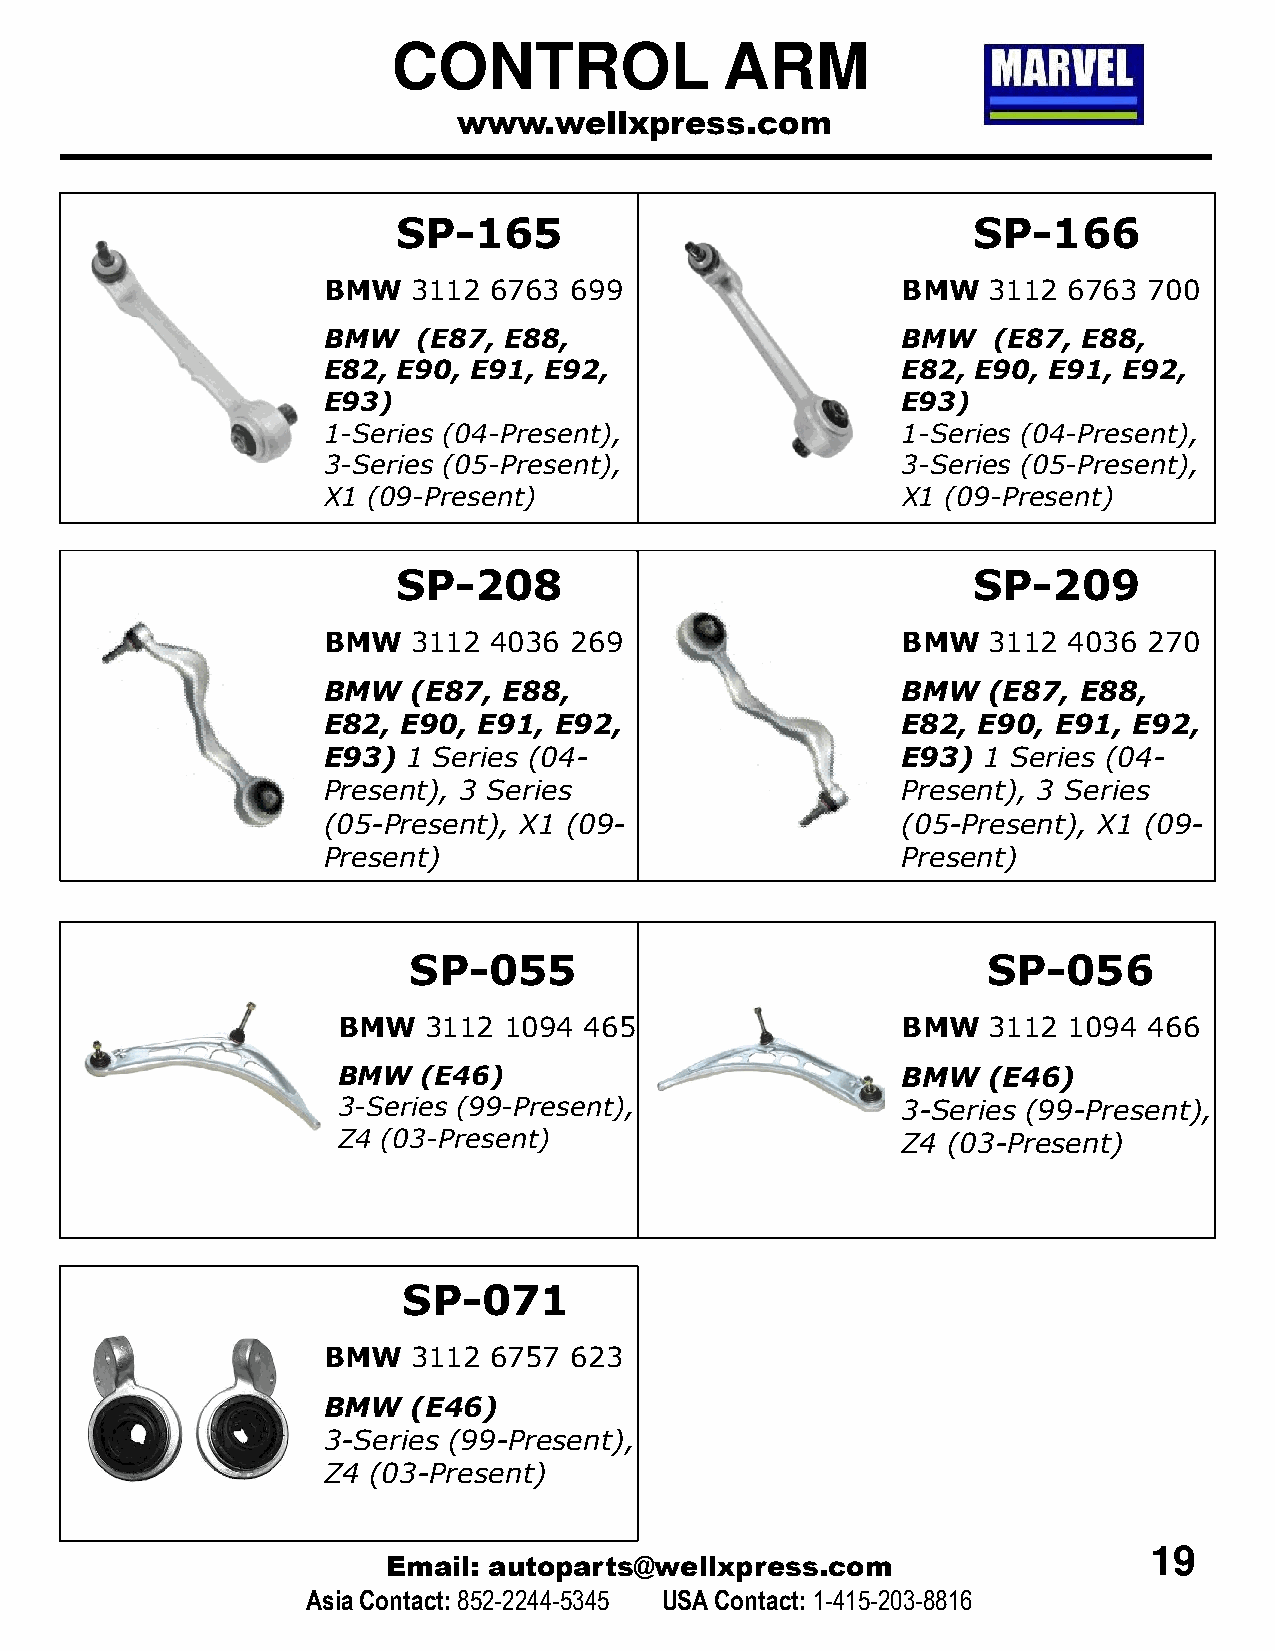
CONTROL               ARM
 www.wellxpress.com
 SP-165                                SP-166
 BMW   3112 6763  699                   BMW  3112  6763 700
 BMW    (E87, E88,                      BMW   (E87, E88,
 E82, E90, E91, E92,                    E82, E90, E91, E92,
 E93)                                   E93)
 1-Series (04-Present),                 1-Series (04-Present),
 3-Series (05-Present),                 3-Series (05-Present),
 X1 (09-Present)                        X1 (09-Present)
 SP-208                                SP-209
 BMW   3112 4036  269                   BMW  3112  4036 270
 BMW   (E87, E88,                       BMW  (E87,  E88,
 E82,  E90, E91, E92,                   E82, E90, E91, E92,
 E93)  1 Series (04-                    E93) 1 Series (04-
 Present), 3 Series                     Present), 3 Series
 ((0055--PPrreesseenntt)),, XX11 ((0099-- ((0055--PPrreesseenntt)),, XX11 ((0099--
 Present)                               Present)
 SP-055                                SP-056
 BMW   3112 1094  465                  BMW  3112  1094 466
 BMW   (E46)                           BMW  (E46)
 3-Series (99-Present),                3-Series (99-Present),
 Z4 (03-Present)                       Z4 (03-Present)
 SP-071
 BMW   3112 6757  623
 BMW   (E46)
 3-Series (99-Present),
 Z4 (03-Present)
 19
 Email: autoparts@wellxpress.com
 Asia Contact:852-2244-5345 USA Contact: 1-415-203-8816